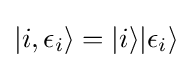
|i,\epsilon _{i}\rangle =|i\rangle |\epsilon _{i}\rangle